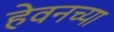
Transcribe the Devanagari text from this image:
हेवनच्या